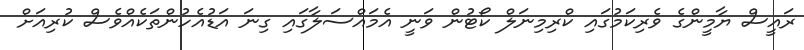
ރައީސް ޔާމީންގެ ވެރިކަމުގައި ކްރިމިނަލް ކޯޓުން ވަނީ އެމައްސަލާގައި ގިނަ އަޑުއެހުންތަކެއްވެސް ކުރިއަށް